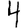
Digit: 4